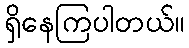
ရှိနေကြပါတယ်။